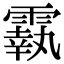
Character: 𩅀